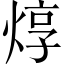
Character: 焞